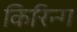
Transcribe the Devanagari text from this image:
किरिन्ग